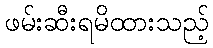
ဖမ်းဆီးရမိထားသည့်